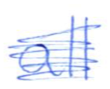
Text: all
Cross-out: scratch
Writing tool: ballpoint